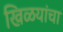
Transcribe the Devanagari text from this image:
खिळयांचा